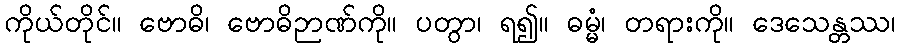
ကိုယ်တိုင်။ ဗောဓိ၊ ဗောဓိဉာဏ်ကို။ ပတွာ၊ ရ၍။ ဓမ္မံ၊ တရားကို။ ဒေသေန္တဿ၊